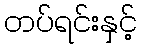
တပ်ရင်းနှင့်